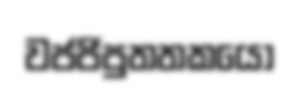
වජජිපුතතකයෝ